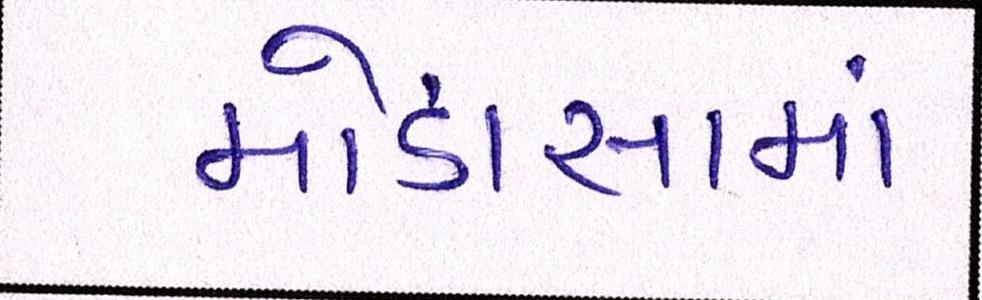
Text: મોડાસામાં